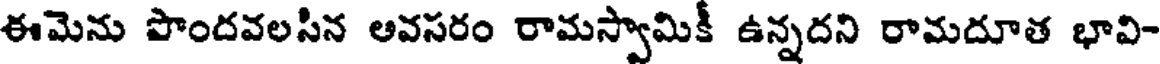
ఈమెను పొందవలసిన అవసరం రామస్వామికీ ఉన్నదని రామదూత భావి-